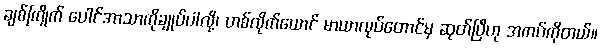
ချစ်ကြိုက် ပေါင်အာသာကိုချုပ်ပါလို့၊ ဟစ်လိုက်ယောင် မာယာလုပ်တောင်မှ ဆုတ်ပြီဟု အကပ်ကိုတယ်။